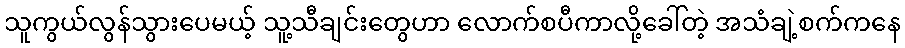
သူကွယ်လွန်သွားပေမယ့် သူ့သီချင်းတွေဟာ လောက်စပီကာလို့ခေါ်တဲ့ အသံချဲ့စက်ကနေ